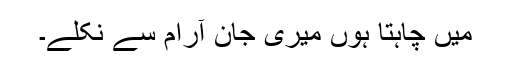
میں چاہتا ہوں میری جان آرام سے نکلے۔